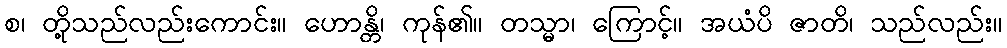
စ၊ တို့သည်လည်းကောင်း။ ဟောန္တိ၊ ကုန်၏။ တသ္မာ၊ ကြောင့်။ အယံပိ ဇာတိ၊ သည်လည်း။